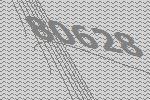
80628